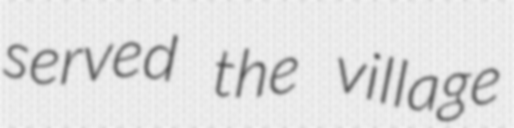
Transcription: served the village